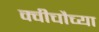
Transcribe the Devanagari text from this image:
क्वीचौच्या